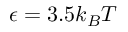
\epsilon = 3 . 5 k _ { B } T